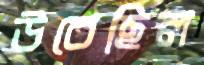
উবেছিল